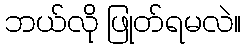
ဘယ်လို ဖြုတ်ရမလဲ။